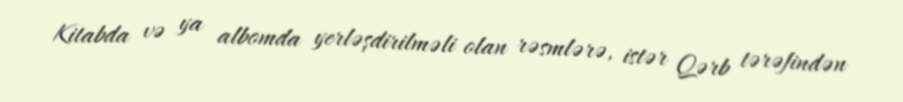
Kitabda və ya albomda yerləşdirilməli olan rəsmlərə, istər Qərb tərəfindən